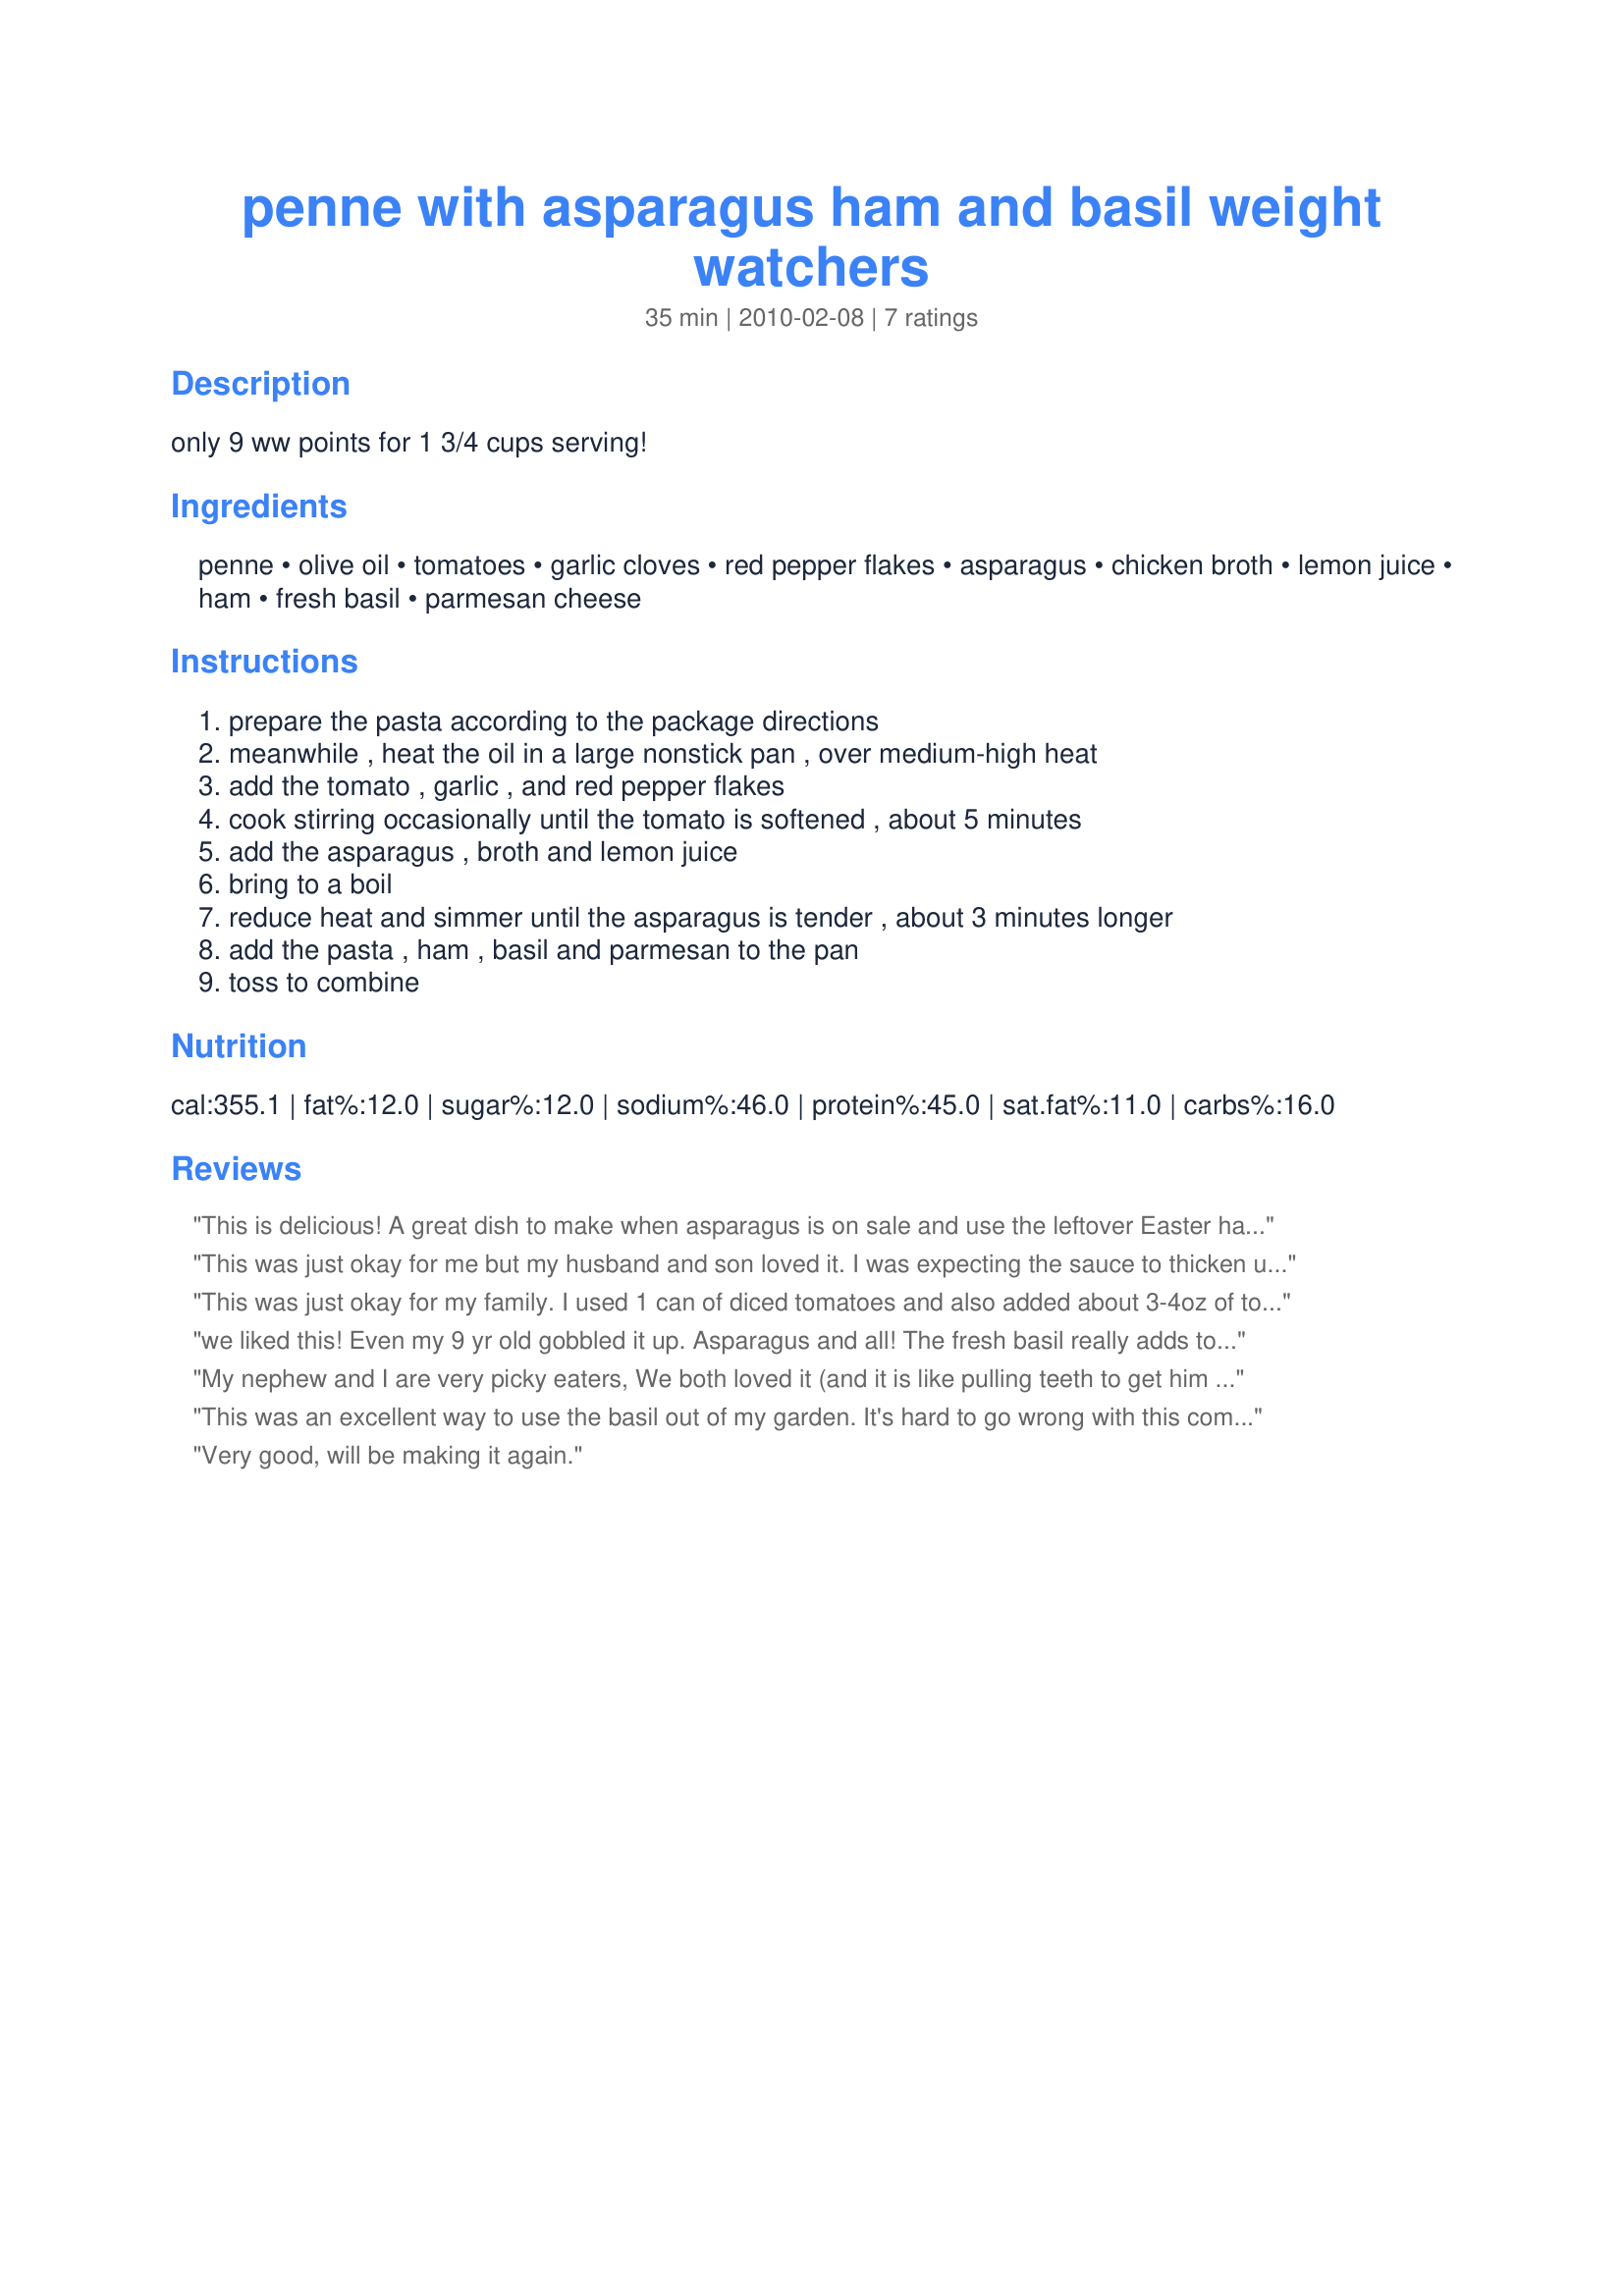
penne with asparagus ham and basil weight watchers
Preparation time: 35 minutes

only 9 ww points for 1 3/4 cups serving!

Ingredients:
penne, olive oil, tomatoes, garlic cloves, red pepper flakes, asparagus, chicken broth, lemon juice, ham, fresh basil, parmesan cheese

Steps:
prepare the pasta according to the package directions, meanwhile , heat the oil in a large nonstick pan , over medium-high heat, add the tomato , garlic , and red pepper flakes, cook stirring occasionally until the tomato is softened , about 5 minutes, add the asparagus , broth and lemon juice, bring to a boil, reduce heat and simmer until the asparagus is tender , about 3 minutes longer, add the pasta , ham , basil and parmesan to the pan, toss to combine

Reviews:
This is delicious! A great dish to make when asparagus is on sale and use the leftover Easter ham. My family was hesitant to try this but now they request it !
This was just okay for me but my husband and son loved it. I was expecting the sauce to thicken up a little bit but it stayed kind of watery, especially after I added the chicken broth. I thought maybe it would reduce but it just seemed to get more watery. I think next time I will add less chicken broth and maybe some no-salt added tomato paste to get a thicker sauce that will cling to the pasta. I also thought it was pretty spicy but I'm kind of a wimp when it comes to that stuff. But like I said, it was a HUGE hit with my husband and 11 year-old son so I'm sure I will be making it again. And I loved that it was a filling meal that wasn't loaded with fat and calories. Thanks for posting!
This was just okay for my family. I used 1 can of diced tomatoes and also added about 3-4oz of tomato paste. I also reduced the chicken broth to 2/3 cup adding 1/3 at first and more as needed. The sauce turned out nicely. Son gave it 4stars and husband gave it 3 because he thought it would be better with bigger pieces of meat.
we liked this! Even my 9 yr old gobbled it up. Asparagus and all! The fresh basil really adds to the flavor!
My nephew and I are very picky eaters, We both loved it (and it is like pulling teeth to get him to eat anything with GREEN in it, he is 19). My wife also loved this recipe. We will be adding this one to our list of favorites and will be making it again very soon.
This was an excellent way to use the basil out of my garden. It's hard to go wrong with this combination of ingredients! Tasty, fast, and healthy.
Very good, will be making it again.
